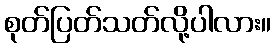
စုတ်ပြတ်သတ်လို့ပါလား။